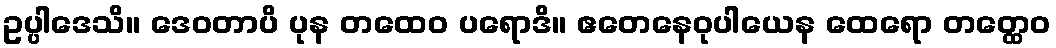
ဥပ္ပါဒေသိ။ ဒေဝတာပိ ပုန တထေဝ ပရောဒိ။ ဧတေနေဝုပါယေန ထေရော တတ္ထေဝ